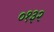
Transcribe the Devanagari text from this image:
०१३२